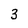
Character: 3